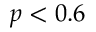
p < 0 . 6